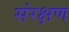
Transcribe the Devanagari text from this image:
संरक्षण